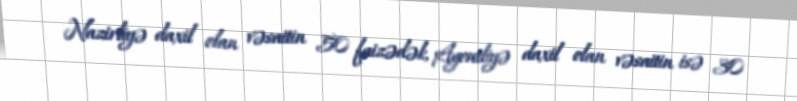
Nazirliyə daxil olan vəsaitin 50 faizədək, Agentliyə daxil olan vəsaitin isə 30